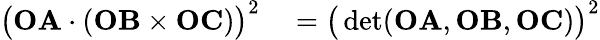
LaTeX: \begin{array}{rl}{{\bigl(}\mathbf{OA}\cdot(\mathbf{OB}\times\mathbf{OC}){\bigr)}^{2}}&{{}={\bigl(}\operatorname*{det}(\mathbf{OA},\mathbf{OB},\mathbf{OC}){\bigr)}^{2}}\end{array}